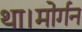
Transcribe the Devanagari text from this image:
था।मोर्गन